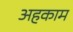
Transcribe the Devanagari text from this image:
अहकाम